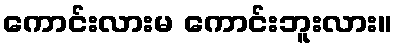
ကောင်းလားမ ကောင်းဘူးလား။